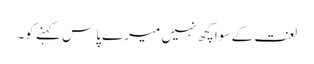
لعنت کے سوا کچھ نہیں میرے پاس کہنے کو۔